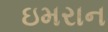
ઇમરાન